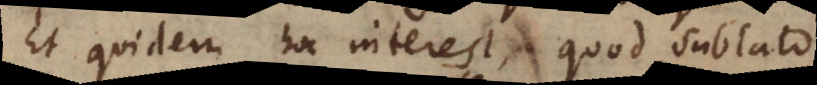
Et quidem hoc interest, quod sublato